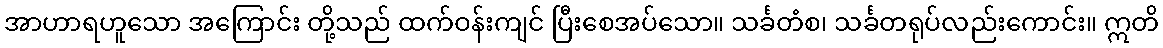
အာဟာရဟူသော အကြောင်း တို့သည် ထက်ဝန်းကျင် ပြီးစေအပ်သော။ သင်္ခတံစ၊ သင်္ခတရုပ်လည်းကောင်း။ ဣတိ